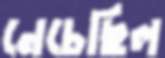
নেচেছিল